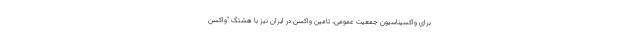
برای واکسیناسیون جمعیت‌ عمومی، تامین واکسن در ایران نیز با هشتگ "واکسن